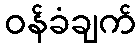
ဝန်ခံချက်